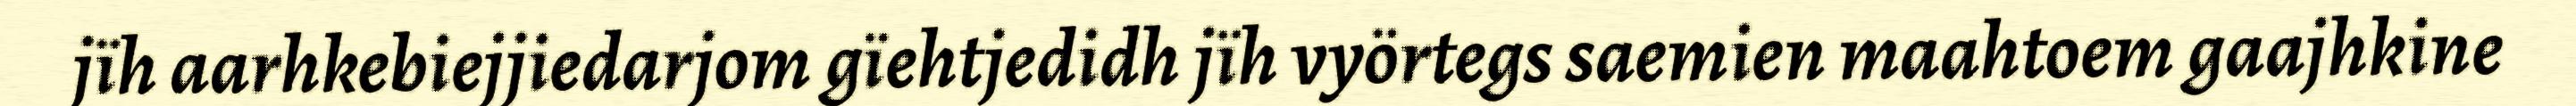
jïh aarhkebiejjiedarjom gïehtjedidh jïh vyörtegs saemien maahtoem gaajhkine